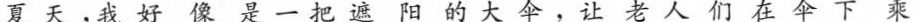
夏天，我好像是一把遮阳的大伞，让老人们在伞下乘